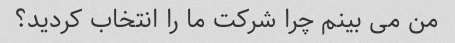
من می بینم چرا شرکت ما را انتخاب کردید؟